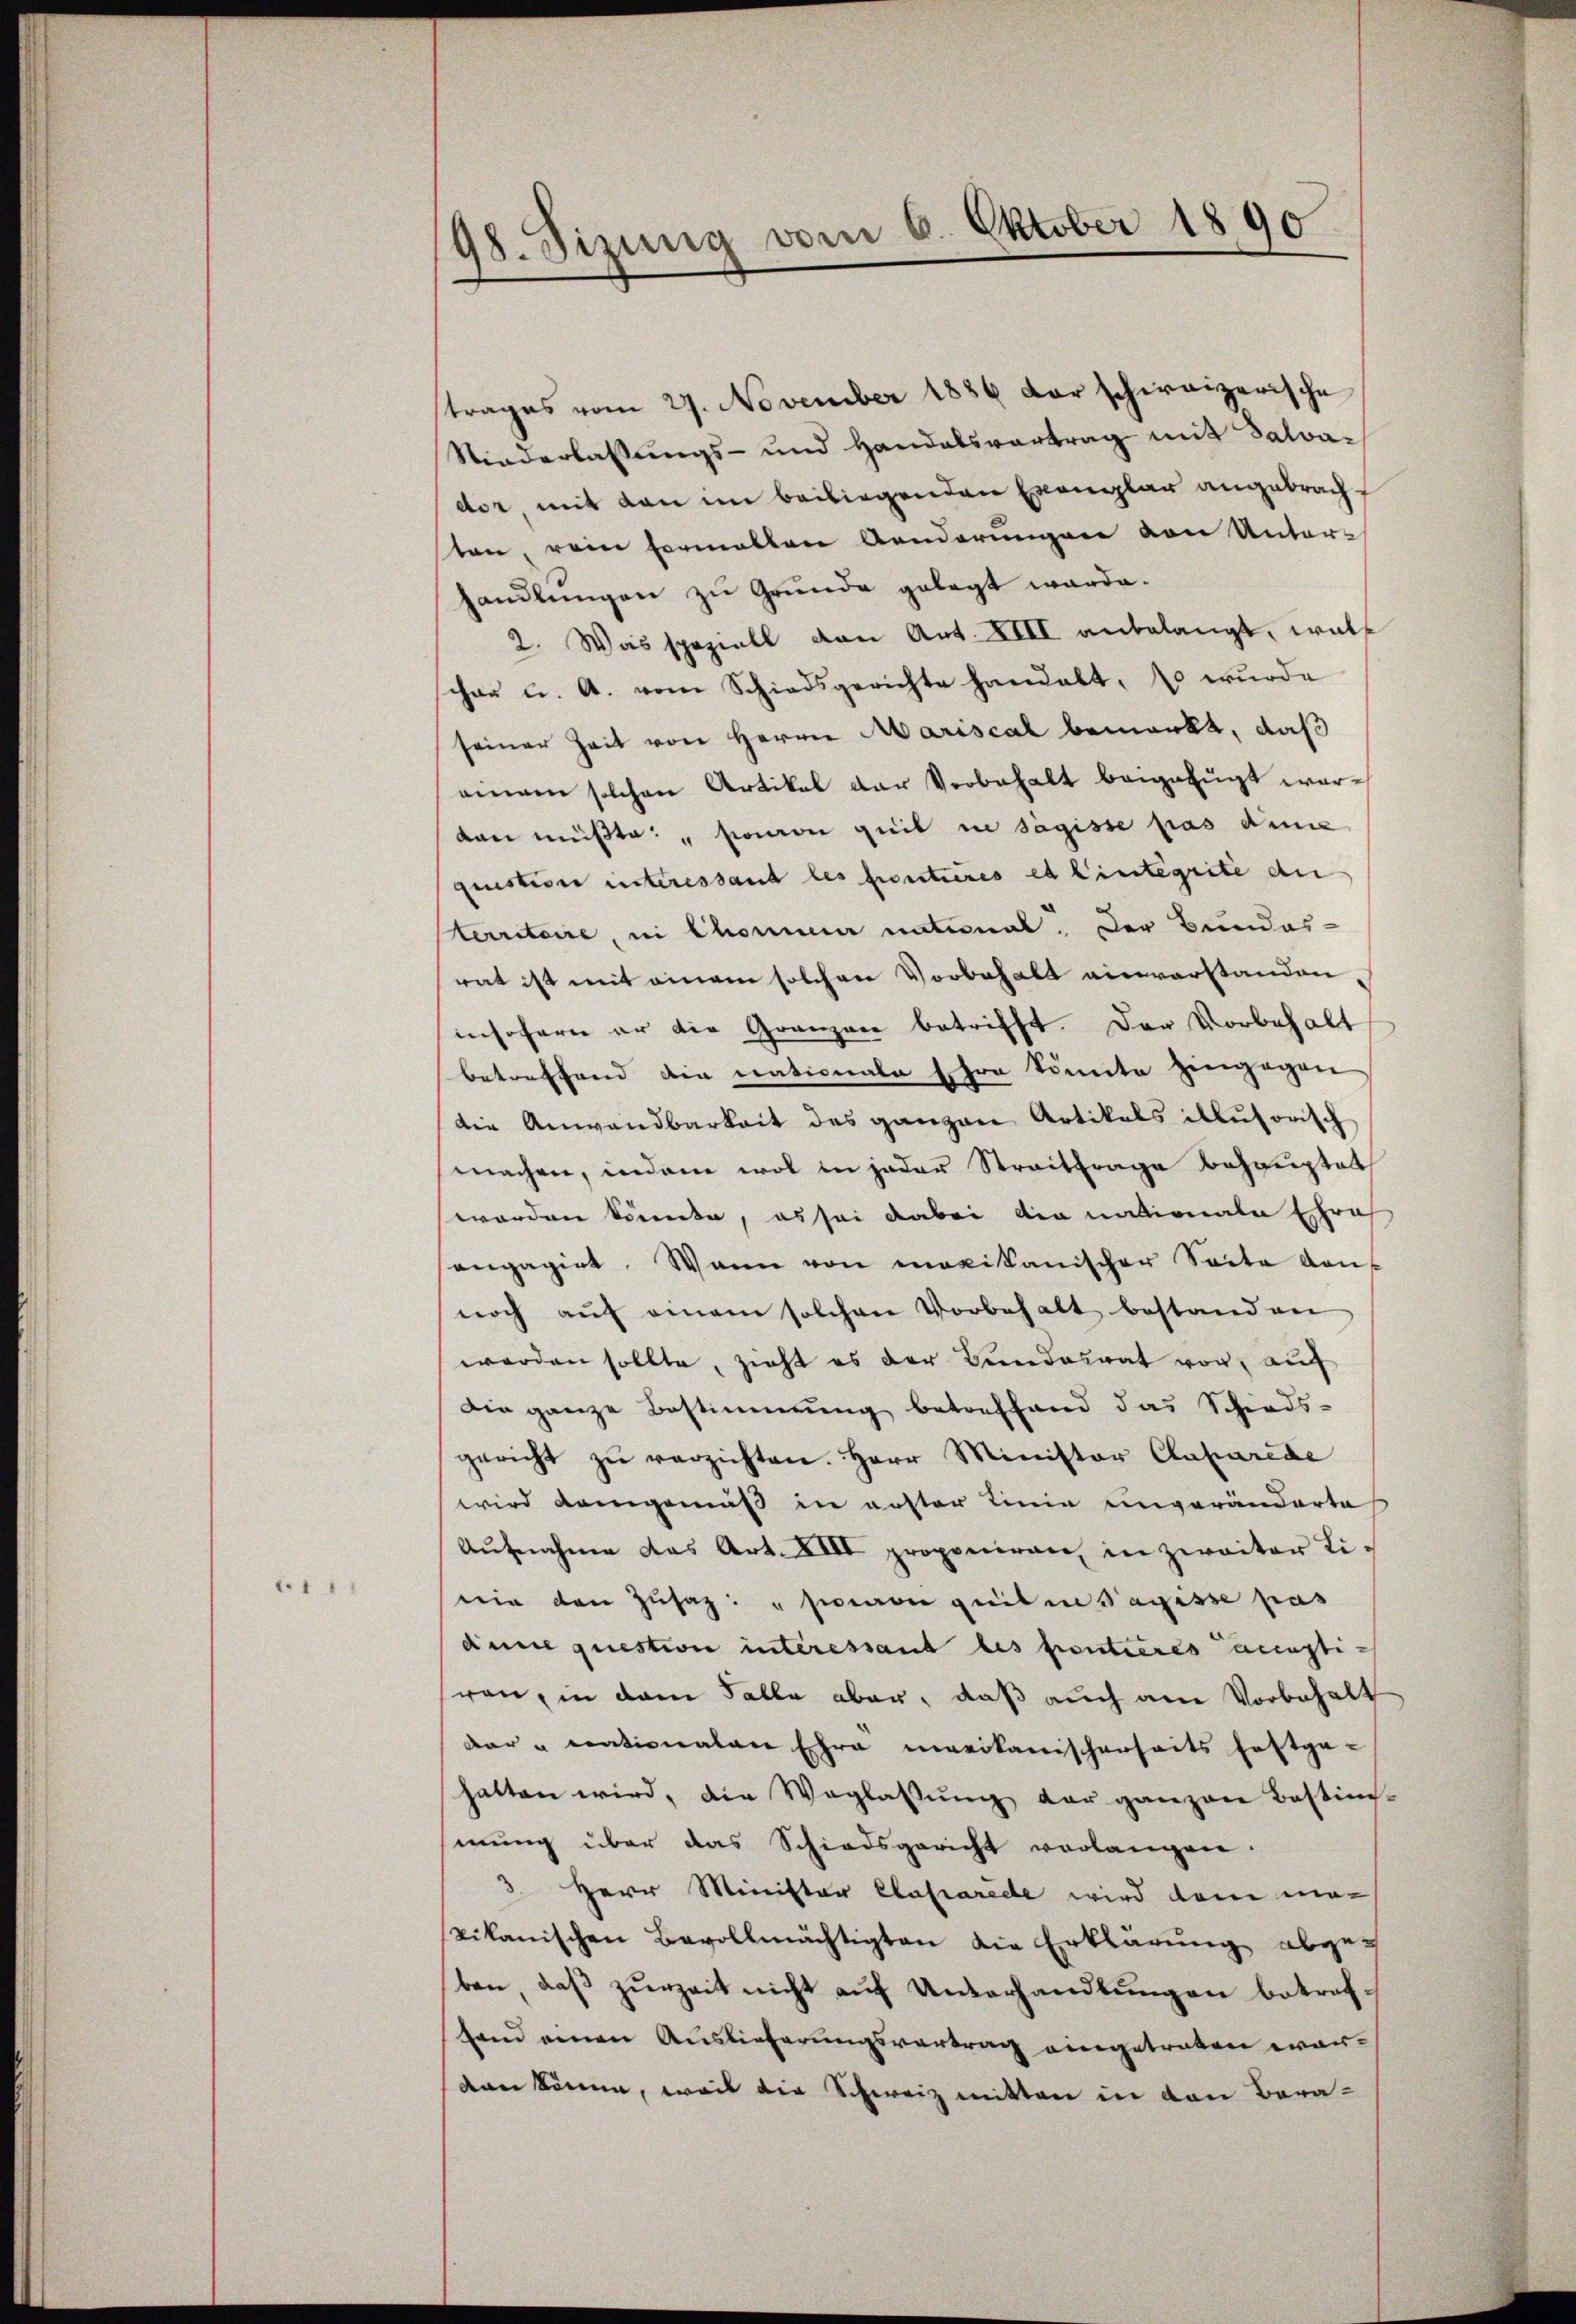
.

98. Sizung vom 6. Oktober 1890

trages vom 27. November 1886 der schweizerische
Niederlassungs- und Handalsvortrag mit Salvader mit den im beiliegenden Exemplar angebracht
sten, rein formallene Aenderungen von Unter-
handlungen zu Grunde gelegt werde.
2. Was speziell von Art. XIII anbelangt, wel
cher u. A. vom Schiedsgerichte handelt, so wurde
seiner Zeit von Herrn Mariscal bemerkt, daß
einem solchen Artikel der Verbehalt beigefügt wordan müßte: "pion quib in Sägisse pas die
quistion interessant les froutieres et l’intégrite der
territoire, in Chonne national. Der Bundes-
rat ist mit einem solchen Vorbehalt einverstanden,
insofern er die Gränzen betrifft. Der Vorbehalt
betreffend die nationale Ehre könnte hingegen
die Anwandbarkeit des ganzen Artikals illusorisch
machen, indem wol in jeder Streitfrage behauptet
worden könnte, es sei dabei die nationale Straf
engagirt. Wann von mexikanischer Seite dan
noch aŭf einem solchen Vorbehalt bestanden
werden sollte, zieht es der Bundesrat vor, auf
Die ganze Bestimmung betreffend das Schieds-
gericht zŭ verzichten. Herr Minister Claparide
wird demgemäß in erster Linie unveränderte
Aŭfnahme das Art. XIII proponiren in zweiter Liwie den Zŭsaz: "sion geeilen Tagesse pas
dinne question interessant les fontieres acceptiren, in dem Falle aber, daß auch am Vorbehalt
dar u rationalen Ehre marikanischerheits festge-
hatten wird, die Weglassŭng der ganzen Bestim-
mung über das Schiedsgericht vorlangen.
3. Herr Minister Claparede wird dem ma-
Likanischen Bevollmächtigten die Erklärung abgeben, daβ zŭrzeit nicht aŭf Unterhandlŭngen betreffand einen Auslieferungsvertrag eingetreten wardan könne, weil die Schweiz mitten in den Bera¬